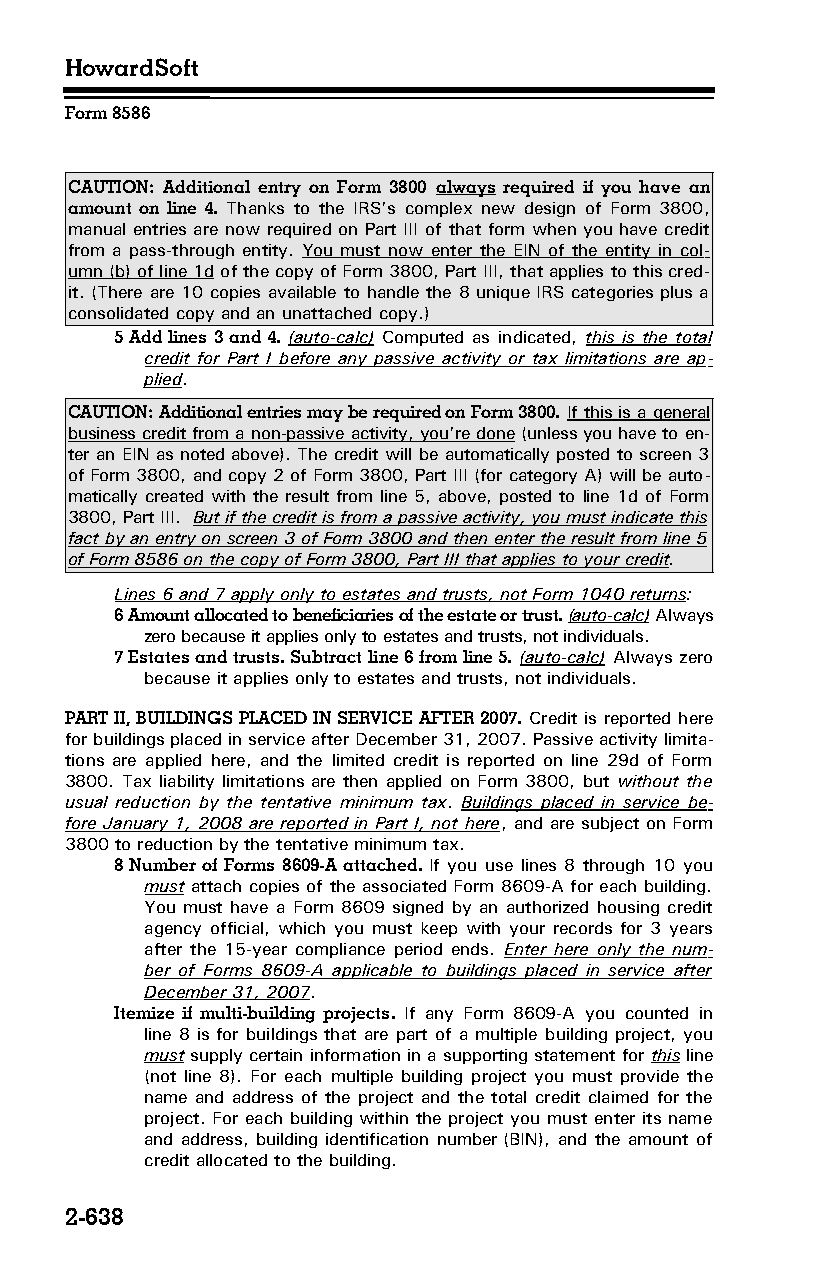
HowardSoft
 Form 8586
 CAUTION: Additional entry on Form 3800 always required if you have an
 amount on line 4. Thanks to the IRS’s complex new design of Form 3800,
 manual entries are now required on Part III of that form when you have credit
 from a pass-through entity. You must now enter the EIN of the entity in col­
 umn (b) of line 1d of the copy of Form 3800, Part III, that applies to this cred­
 it. (There are 10 copies available to handle the 8 unique IRS categories plus a
 consolidated copy and an unattached copy.)
 5 Add lines 3 and 4. (auto-calc) Computed as indicated, this is the total
 credit for Part I before any passive activity or tax limitations are ap­
 plied.
 CAUTION: Additional entries may be required on Form 3800. If this is a general
 business credit from a non-passive activity, you’re done (unless you have to en­
 ter an EIN as noted above). The credit will be automatically posted to screen 3
 of Form 3800, and copy 2 of Form 3800, Part III (for category A) will be auto­
 matically created with the result from line 5, above, posted to line 1d of Form
 3800, Part III. But if the credit is from a passive activity, you must indicate this
 fact by an entry on screen 3 of Form 3800 and then enter the result from line 5
 of Form 8586 on the copy of Form 3800, Part III that applies to your credit.
 Lines 6 and 7 apply only to estates and trusts, not Form 1040 returns:
 6 Amount allocated to beneficiaries of the estate or trust. (auto-calc) Always
 zero because it applies only to estates and trusts, not individuals.
 7 Estates and trusts. Subtract line 6 from line 5. (auto-calc) Always zero
 because it applies only to estates and trusts, not individuals.
 PART II, BUILDINGS PLACED IN SERVICE AFTER 2007. Credit is reported here
 for buildings placed in service after December 31, 2007. Passive activity limita­
 tions are applied here, and the limited credit is reported on line 29d of Form
 3800. Tax liability limitations are then applied on Form 3800, but without the
 usual reduction by the tentative minimum tax. Buildings placed in service be­
 fore January 1, 2008 are reported in Part I, not here, and are subject on Form
 3800 to reduction by the tentative minimum tax.
 8 Number of Forms 8609-A attached. If you use lines 8 through 10 you
 must attach copies of the associated Form 8609-A for each building.
 You must have a Form 8609 signed by an authorized housing credit
 agency official, which you must keep with your records for 3 years
 after the 15-year compliance period ends. Enter here only the num­
 ber of Forms 8609-A applicable to buildings placed in service after
 December 31, 2007.
 Itemize if multi-building projects. If any Form 8609-A you counted in
 line 8 is for buildings that are part of a multiple building project, you
 must supply certain information in a supporting statement for this line
 (not line 8). For each multiple building project you must provide the
 name and address of the project and the total credit claimed for the
 project. For each building within the project you must enter its name
 and address, building identification number (BIN), and the amount of
 credit allocated to the building.
 2-638